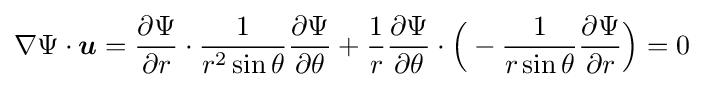
\nabla \Psi \cdot {\boldsymbol {u}}={\partial \Psi  \over \partial r}\cdot {1 \over r^{2}\sin \theta }{\partial \Psi  \over \partial \theta }+{1 \over r}{\partial \Psi  \over \partial \theta }\cdot {\Big (}-{1 \over r\sin \theta }{\partial \Psi  \over \partial r}{\Big )}=0